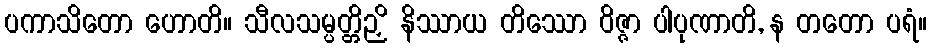
ပကာသိတော ဟောတိ။ သီလသမ္ပတ္တိဉှိ နိဿာယ တိဿော ဝိဇ္ဇာ ပါပုဏာတိ, န တတော ပရံ။